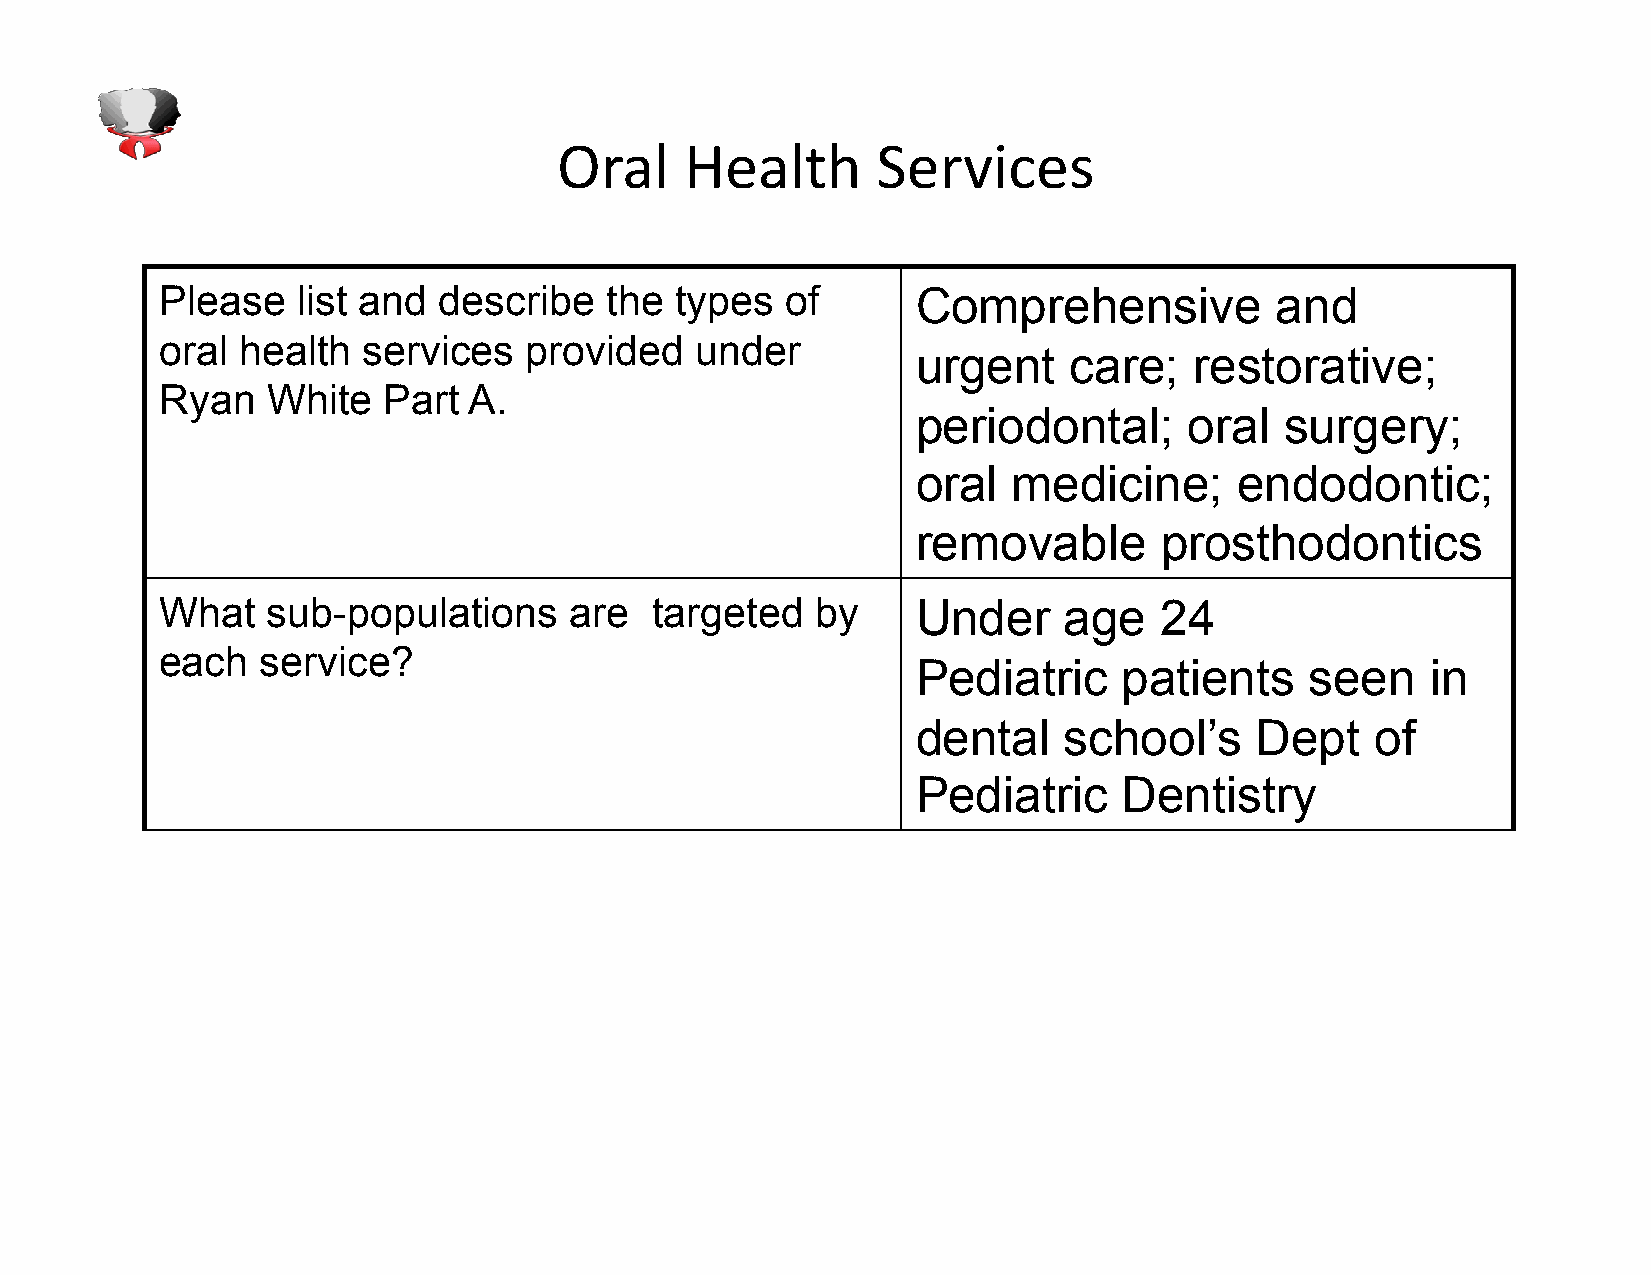
Oral    Health       Services
 Please   list and describe   the  types  of       Comprehensive          and
 oral health  services   provided   under
 urgent    care;   restorative;
 Ryan   White  Part  A.
 periodontal;      oral  surgery;
 oral  medicine;      endodontic;
 removable       prosthodontics
 What   sub-populations     are  targeted   by     Under    age    24
 each  service?
 Pediatric    patients     seen    in
 dental   school’s     Dept    of
 Pediatric    Dentistry